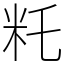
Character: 籷